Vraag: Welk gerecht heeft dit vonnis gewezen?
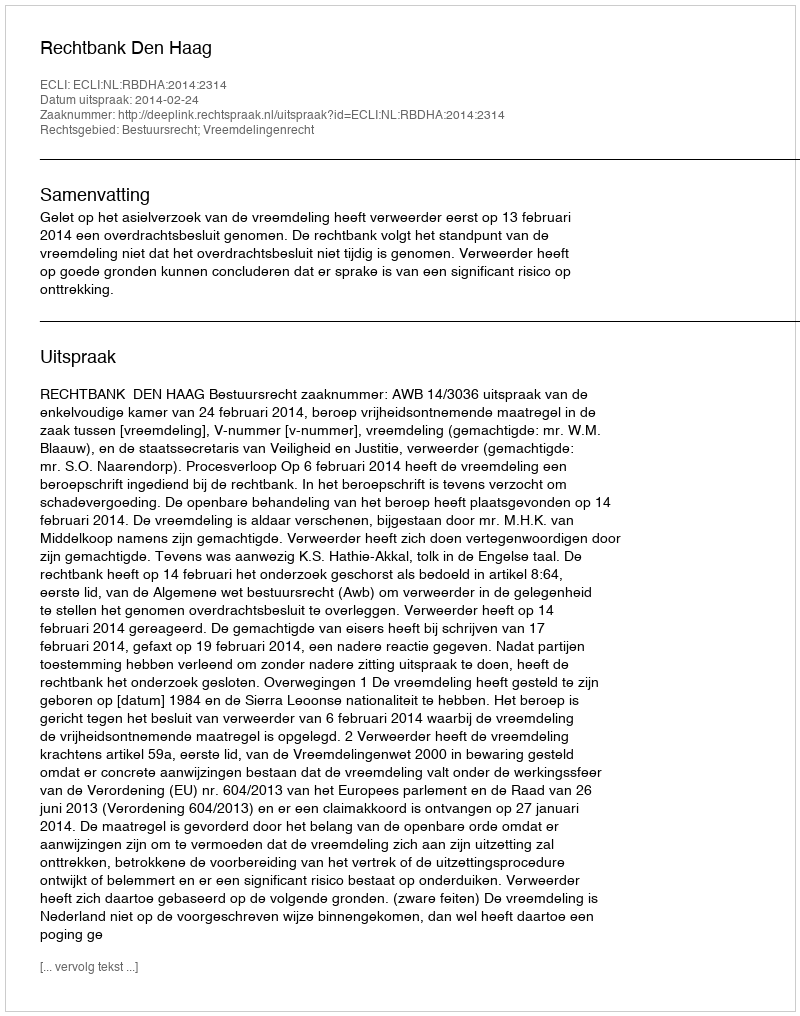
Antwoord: Rechtbank Den Haag